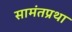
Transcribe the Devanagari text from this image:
सामंतप्रथा